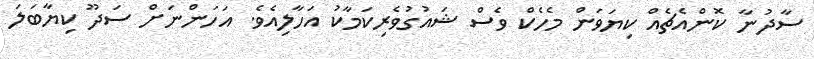
ސާދުނާ ކޮންއެޗެއް ކިޔަވަން މެހެކް ވެސް ޝައުގުވެރިކަމާކު އަހާލިއެވެ. އަހަންނަށް ސަދޫ ކިޔާބަލަ